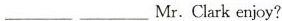
___ ___Mr.Clark enjoy?